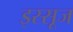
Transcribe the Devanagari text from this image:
इस्सूज